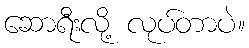
ဆောရီးလို့ လုပ်တာပဲ။